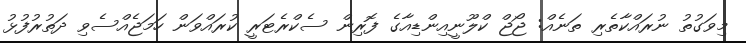
މިވަގުތު ނުރައްކާތެރި ތަނެއް: ޖޯޖް ކްލޫނީއިންޑިއާގެ ފޮރިން ސެކްރެޓަރީ ކުރައްވަން ހަމަޖެއްސެވި ދަތުރުފުޅު